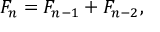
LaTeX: F _ { n } = F _ { n - 1 } + F _ { n - 2 } ,